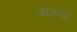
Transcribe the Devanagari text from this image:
आंकङा